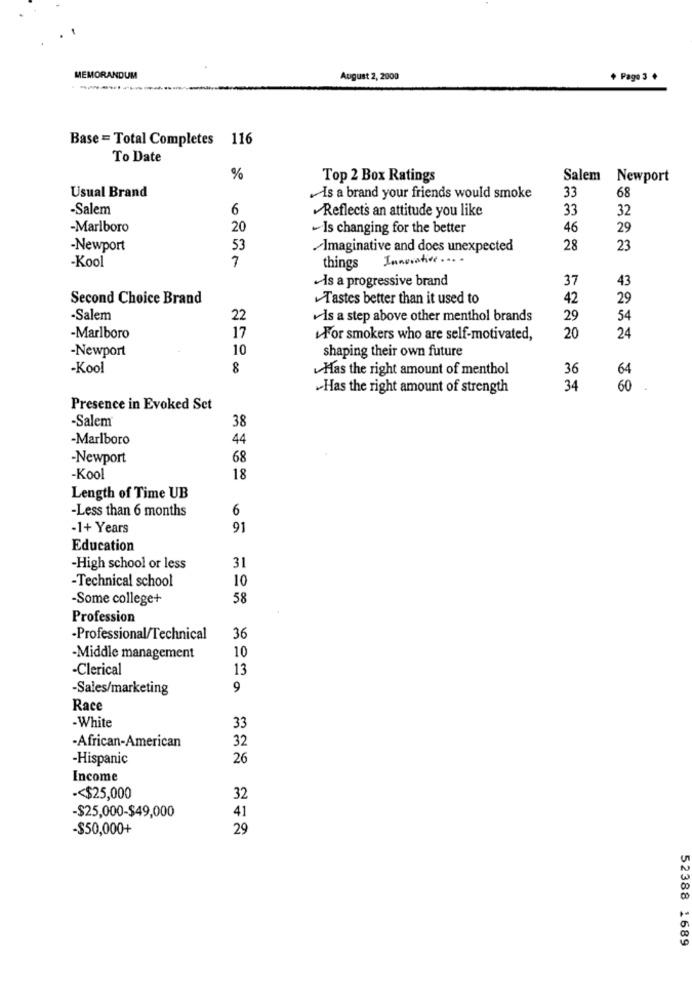
MEMORANDUM
August 2, 2000
+ Page 3 +
--
Base = Total Completes 116
To Date
%
Top 2 Box Ratings
Salem
Newport
Usual Brand
33
Is a brand your friends would smoke
68
-Salem
6
Reflects an attitude you like
33
32
-Marlboro
20
-Is changing for the better
46
29
-Newport
53
Imaginative and does unexpected
28
23
-Kool
things Innovative ....
Is a progressive brand
37
43
Second Choice Brand
Tastes better than it used to
42
29
-Salem
22
Is a step above other menthol brands
29
54
24
-Marlboro
17
For smokers who are self-motivated,
20
-Newport
10
shaping their own future
-Kool
8
Has the right amount of menthol
36
64
Has the right amount of strength
34
60
Presence in Evoked Set
-Salem
38
-Marlboro
44
-Newport
68
-Kool
18
Length of Time UB
-Less than 6 months
6
-1+ Years
91
Education
31
-High school or less
-Technical school
10
-Some college+
58
Profession
·Professional/Technical
36
10
-Middle management
-Clerical
13
-Sales/marketing
9
Race
-White
33
-African-American
32
-Hispanic
26
Income
.< $25,000
32
-$25,000-$49,000
41
-$50,000+
29
52388 1689